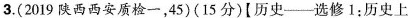
3.(2019陕西西安质检一，45)(15分)[历史—选修1；历史上